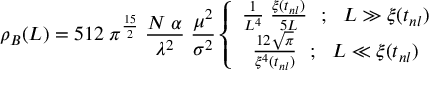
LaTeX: \rho _ { B } ( L ) = 5 1 2 \; \pi ^ { \frac { 1 5 } { 2 } } \; \frac { N \; \alpha } { \lambda ^ { 2 } } \; \frac { \mu ^ { 2 } } { \sigma ^ { 2 } } \left\{ \begin{array} { c } { { \frac { 1 } { L ^ { 4 } } \; \frac { \xi ( t _ { n l } ) } { 5 L } ~ ~ ; ~ ~ L \gg \xi ( t _ { n l } ) } } \\ { { \frac { 1 2 \sqrt { \pi } } { \xi ^ { 4 } ( t _ { n l } ) } ~ ~ ; ~ ~ L \ll \xi ( t _ { n l } ) } } \end{array} \right.